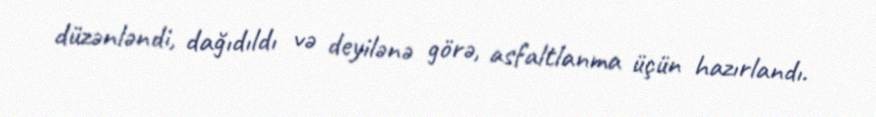
düzənləndi, dağıdıldı və deyilənə görə, asfaltlanma üçün hazırlandı.